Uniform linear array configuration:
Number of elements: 32
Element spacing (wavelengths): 1
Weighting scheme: uniform
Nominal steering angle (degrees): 0
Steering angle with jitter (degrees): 0.952
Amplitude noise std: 0.05
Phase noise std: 0.05

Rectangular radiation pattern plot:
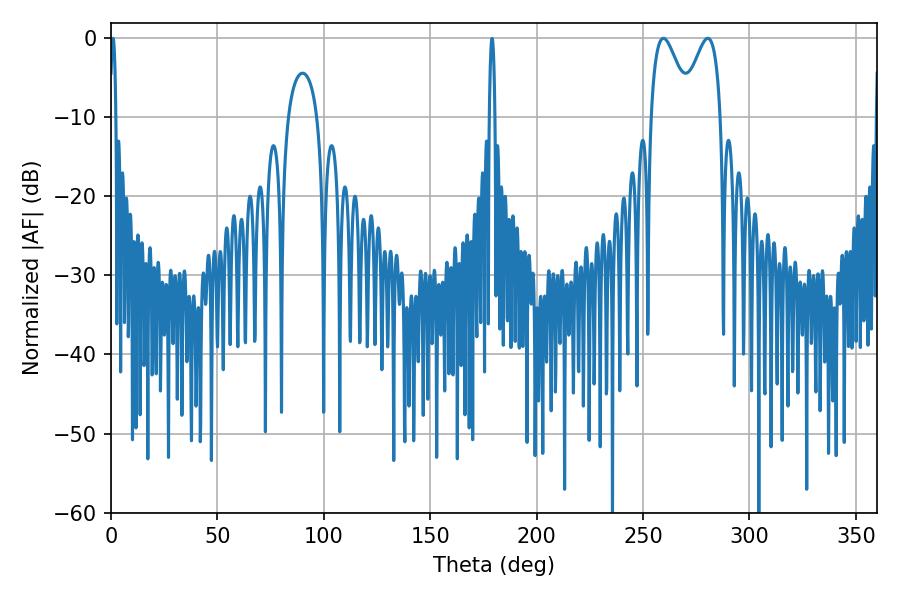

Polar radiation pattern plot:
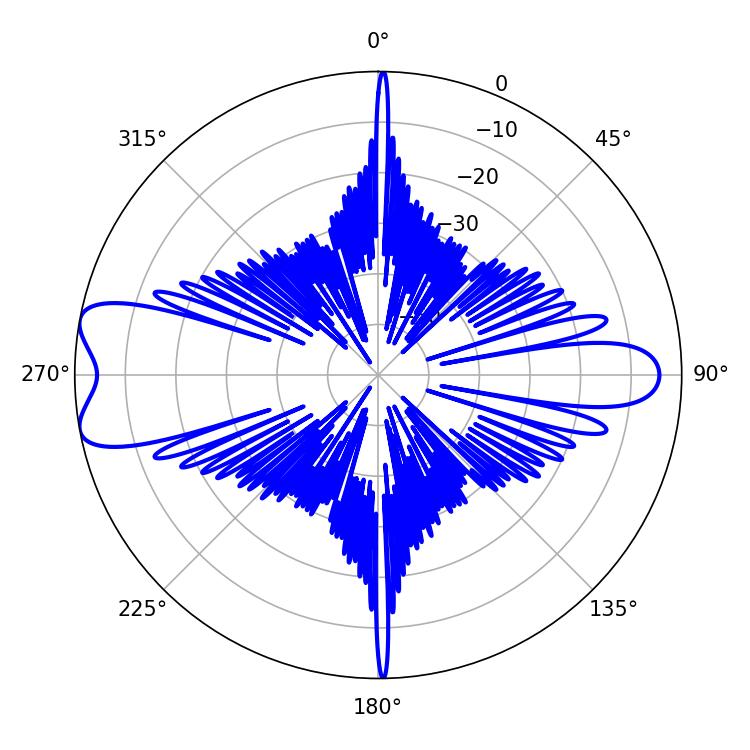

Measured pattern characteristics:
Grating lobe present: TRUE
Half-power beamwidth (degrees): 9.72
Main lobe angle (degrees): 259.56